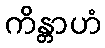
ကိန္တာဟံ